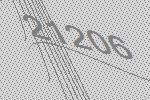
21206